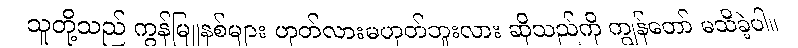
သူတို့သည် ကွန်မြူနစ်များ ဟုတ်လားမဟုတ်ဘူးလား ဆိုသည်ကို ကျွန်တော် မသိခဲ့ပါ။